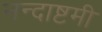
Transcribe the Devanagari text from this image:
नन्दाष्टमी